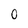
Character: 0